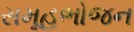
સમૂહભોજન